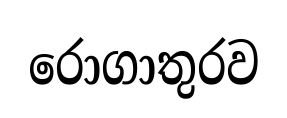
රොගාතුරව